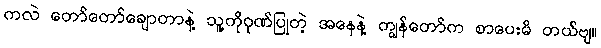
ကလဲ တော်တော်ချောတာနဲ့ သူ့ကိုဂုဏ်ပြုတဲ့ အနေနဲ့ ကျွန်တော်က စာပေးမိ တယ်ဗျ။